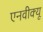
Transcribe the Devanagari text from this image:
एनवीक्यू